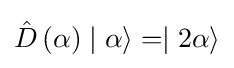
{\hat {D}}\left(\alpha \right)\mid \alpha \rangle =\mid 2\alpha \rangle